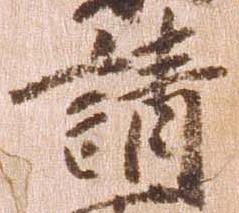
請